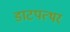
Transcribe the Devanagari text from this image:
डाटपत्थर